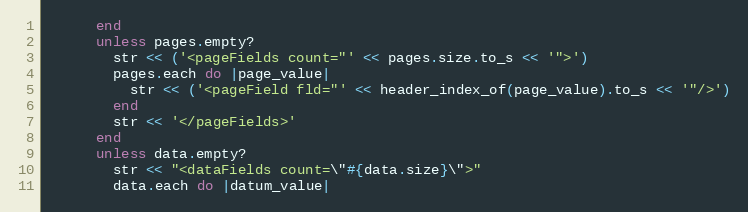
Language: Ruby
      end
      unless pages.empty?
        str << ('<pageFields count="' << pages.size.to_s << '">')
        pages.each do |page_value|
          str << ('<pageField fld="' << header_index_of(page_value).to_s << '"/>')
        end
        str << '</pageFields>'
      end
      unless data.empty?
        str << "<dataFields count=\"#{data.size}\">"
        data.each do |datum_value|